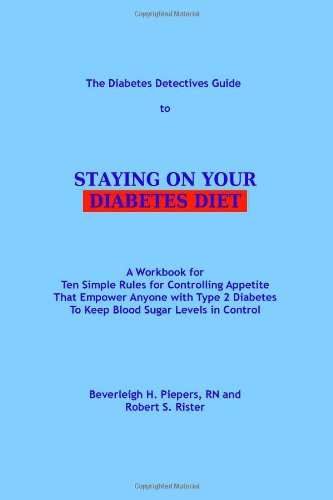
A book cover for The Diabetes Detectives Guide to Staying on Your Diabetes Diet: A Workbook for Ten Simple Rules for Controlling Appetite That Empower Anyone with Type 2 Diabetes To Keep Blood Sugar Levels in Control; Beverleigh H Piepers RN; Health, Fitness & Dieting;